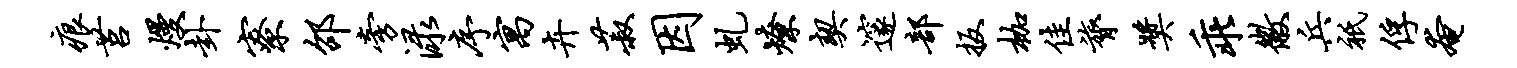
痕莒熳卦寮邵旁渌序寓卉菽因虬燎契邃部扳枷佳膂奖乖徽兵只俘奄